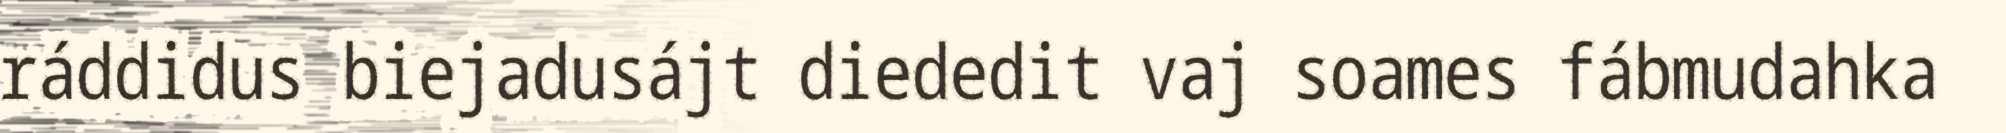
ráddidus biejadusájt diededit vaj soames fábmudahka